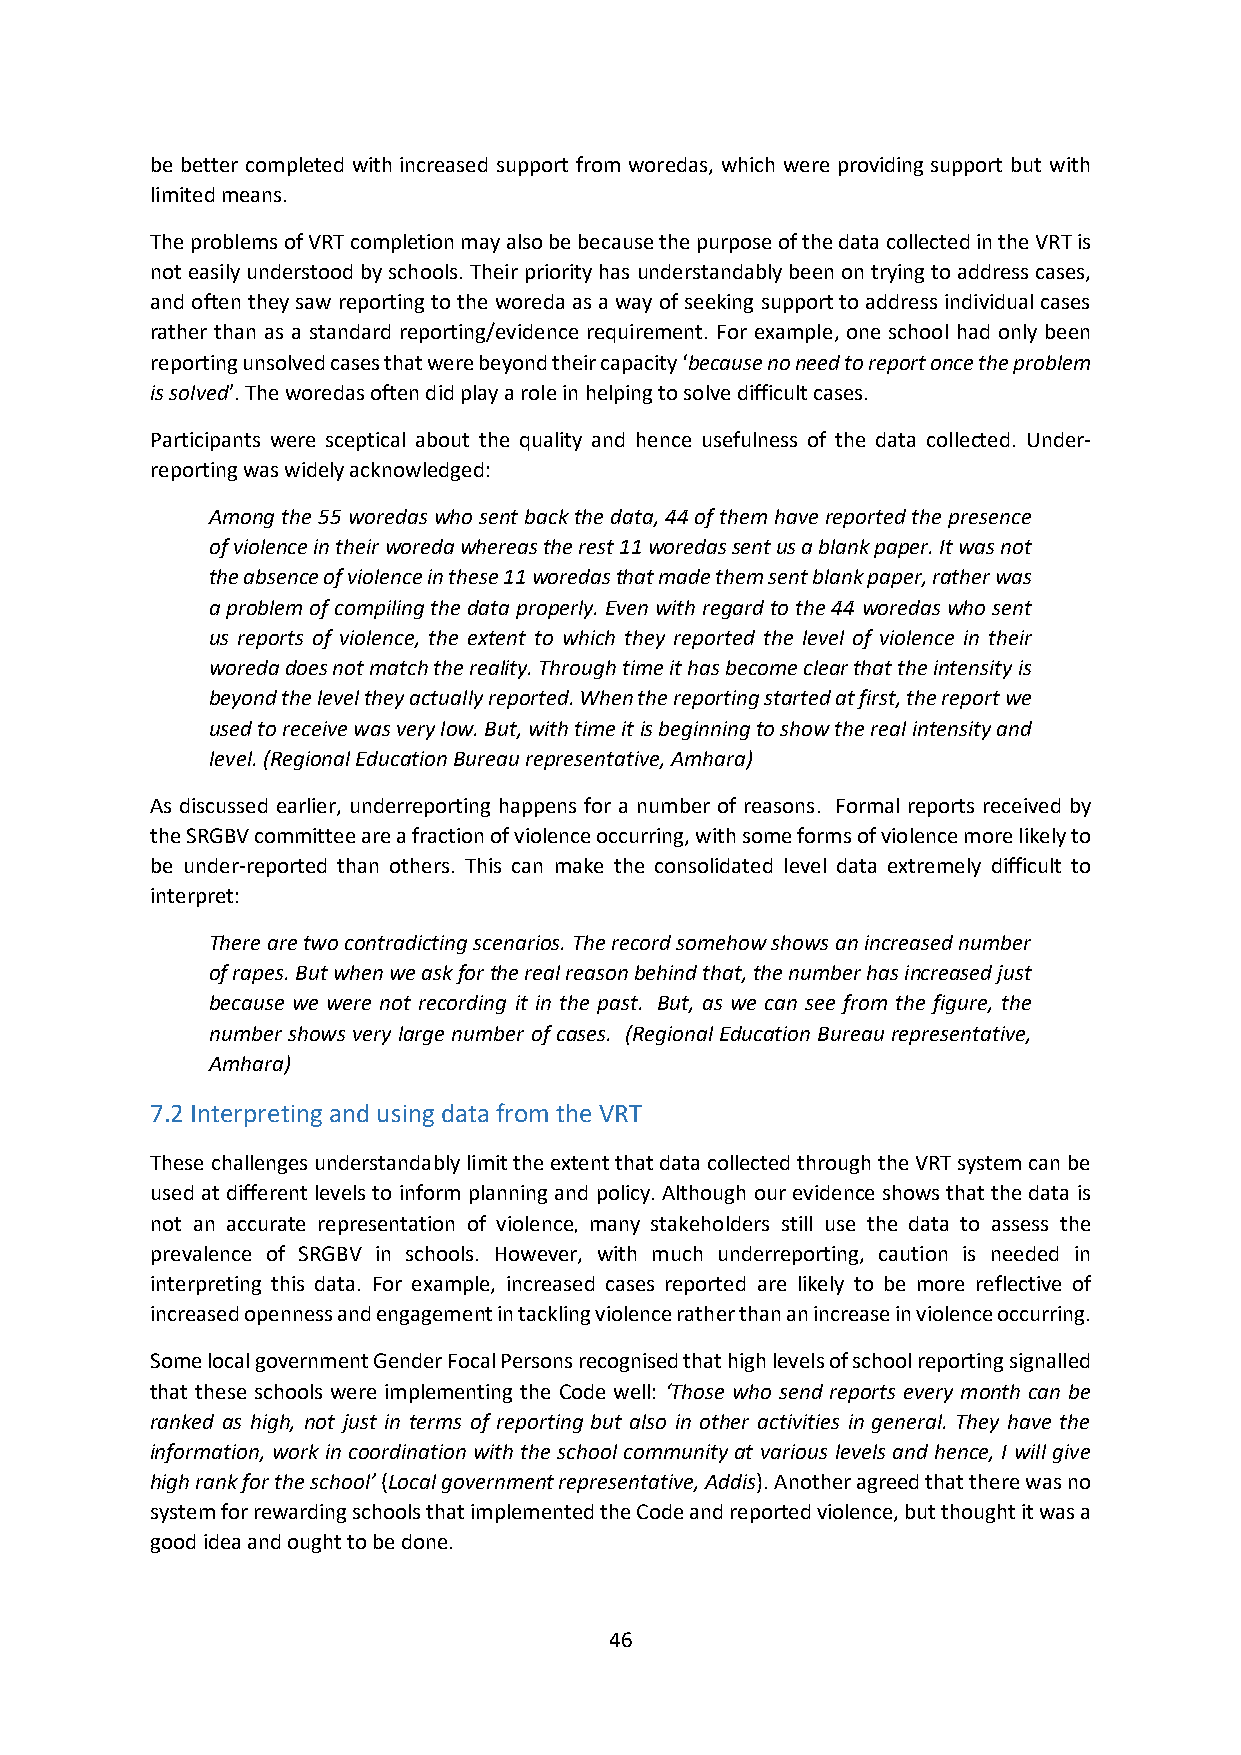
be better completed with increased support from woredas, which were providing support but with
 limited means.
 The problems of VRT completion may also be because the purpose of the data collected in the VRT is
 not easily understood by schools. Their priority has understandably been on trying to address cases,
 and often they saw reporting to the woreda as a way of seeking support to address individual cases
 rather than as a standard reporting/evidence requirement. For example, one school had only been
 reporting unsolved cases that were beyond their capacity ‘because no need to report once the problem
 is solved’. The woredas often did play a role in helping to solve difficult cases.
 Participants were sceptical about the quality and hence usefulness of the data collected. Under-
 reporting was widely acknowledged:
 Among the 55 woredas who sent back the data, 44 of them have reported the presence
 of violence in their woreda whereas the rest 11 woredas sent us a blank paper. It was not
 the absence of violence in these 11 woredas that made them sent blank paper, rather was
 a problem of compiling the data properly. Even with regard to the 44 woredas who sent
 us reports of violence, the extent to which they reported the level of violence in their
 woreda does not match the reality. Through time it has become clear that the intensity is
 beyond the level they actually reported. When the reporting started at first, the report we
 used to receive was very low. But, with time it is beginning to show the real intensity and
 level. (Regional Education Bureau representative, Amhara)
 As discussed earlier, underreporting happens for a number of reasons. Formal reports received by
 the SRGBV committee are a fraction of violence occurring, with some forms of violence more likely to
 be under-reported than others. This can make the consolidated level data extremely difficult to
 interpret:
 There are two contradicting scenarios. The record somehow shows an increased number
 of rapes. But when we ask for the real reason behind that, the number has increased just
 because we were not recording it in the past. But, as we can see from the figure, the
 number shows very large number of cases. (Regional Education Bureau representative,
 Amhara)
 7.2 Interpreting and using data from the VRT
 These challenges understandably limit the extent that data collected through the VRT system can be
 used at different levels to inform planning and policy. Although our evidence shows that the data is
 not an accurate representation of violence, many stakeholders still use the data to assess the
 prevalence of SRGBV in schools. However, with much underreporting, caution is needed in
 interpreting this data. For example, increased cases reported are likely to be more reflective of
 increased openness and engagement in tackling violence rather than an increase in violence occurring.
 Some local government Gender Focal Persons recognised that high levels of school reporting signalled
 that these schools were implementing the Code well: ‘Those who send reports every month can be
 ranked as high, not just in terms of reporting but also in other activities in general. They have the
 information, work in coordination with the school community at various levels and hence, I will give
 high rank for the school’ (Local government representative, Addis). Another agreed that there was no
 system for rewarding schools that implemented the Code and reported violence, but thought it was a
 good idea and ought to be done.
 46